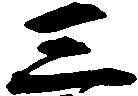
三